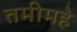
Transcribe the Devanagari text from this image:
तमीमहे